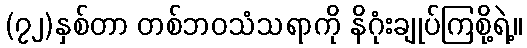
(၇၂)နှစ်တာ တစ်ဘဝသံသရာကို နိဂုံးချုပ်ကြစို့ရဲ့။